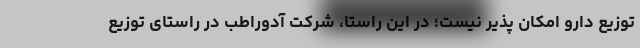
توزیع دارو امکان پذیر نیست؛ در این راستا، شرکت آدوراطب در راستای توزیع